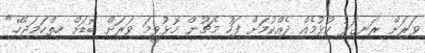
ވަރަށް ރަނގަޅު ކުޅުމެއް ދެއްކުމަށް ފަހު މެޗުން މޮޅުވީމަ ވަރަށް ބޮޑަށް ހިތްހަމަޖެހޭ."